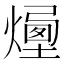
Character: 𤏯